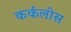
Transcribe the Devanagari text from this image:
कर्कलीस